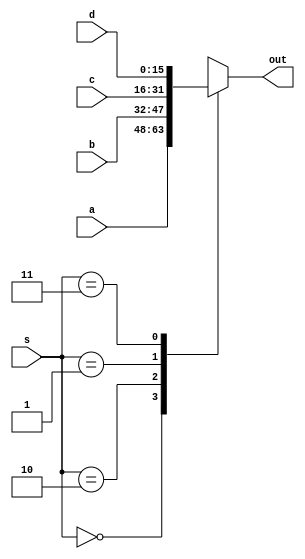
/*
   This file was generated automatically by Alchitry Labs version 1.2.7.
   Do not edit this file directly. Instead edit the original Lucid source.
   This is a temporary file and any changes made to it will be destroyed.
*/

module mux_4_19 (
    input [1:0] s,
    input [15:0] a,
    input [15:0] b,
    input [15:0] c,
    input [15:0] d,
    output reg [15:0] out
  );
  
  
  
  always @* begin
    out = 1'h0;
    
    case (s)
      2'h0: begin
        out = a;
      end
      2'h2: begin
        out = b;
      end
      2'h1: begin
        out = c;
      end
      2'h3: begin
        out = d;
      end
    endcase
  end
endmodule